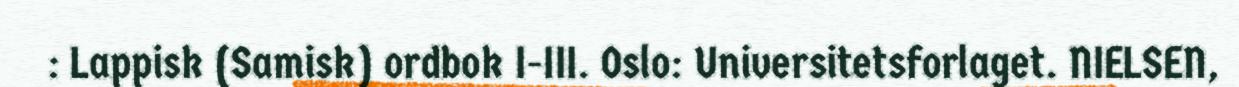
: Lappisk (Samisk) ordbok I-III. Oslo: Universitetsforlaget. NIELSEN,